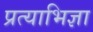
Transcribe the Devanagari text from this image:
प्रत्याभिज्ञा